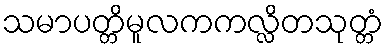
သမာပတ္တိမူလကကလ္လိတသုတ္တံ